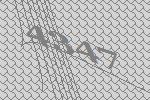
4347